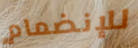
للإنضمام